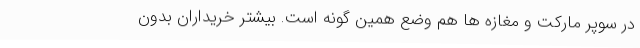
در سوپر مارکت و مغازه ها هم وضع همین گونه است. بیشتر خریداران بدون